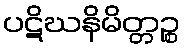
ပဋိဃနိမိတ္တဉ္စ